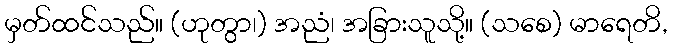
မှတ်ထင်သည်။ (ဟုတွာ၊) အညံ၊ အခြားသူသို့။ (သစေ) မာရေတိ,